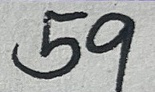
59